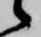
候